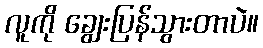
လူကို ချွေးပြန်သွားတာပဲ။